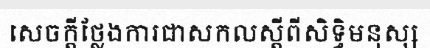
សេចក្តីថ្លែងការជាសកលស្តីពីសិទ្ធិមនុស្ស